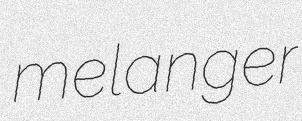
melanger